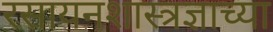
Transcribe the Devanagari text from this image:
रसायनशास्त्रज्ञाच्या